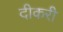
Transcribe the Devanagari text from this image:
दीकरी